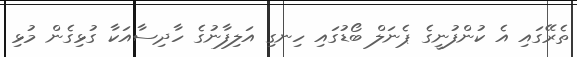
ތެރޭގައި އެ ކުންފުނީގެ ޕެނަލް ބޯޑުގައި ހިނގި އަލިފާނުގެ ހާދިސާއަކާ ގުޅިގެން މުޅި